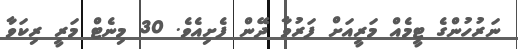
ނަރުހުންގެ ޓީމެއް މަރީއަށް ފަރުވާ ދޭން ފެށިއެވެ. 30 މިނެޓް މަރީ ރިކަވާ